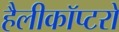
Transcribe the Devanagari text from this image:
हैलीकॉप्टरो